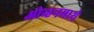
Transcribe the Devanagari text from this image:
ओव्हनमध्ये